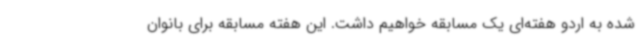
شده به اردو هفته‌ای یک مسابقه خواهیم داشت. این هفته مسابقه برای بانوان